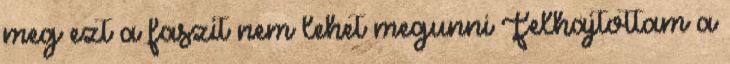
meg ezt a faszit nem lehet megunni Felhajtottam a